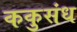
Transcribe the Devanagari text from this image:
ककुसंध